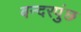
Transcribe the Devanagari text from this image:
बन्दरपुंछ